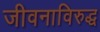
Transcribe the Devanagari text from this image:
जीवनाविरुद्ध